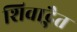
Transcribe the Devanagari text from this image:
शिवाद्भैत